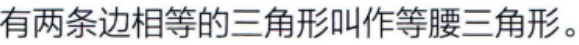
有两条边相等的三角形叫作等腰三角形。